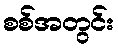
စစ်အတွင်း